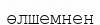
өлшемнен